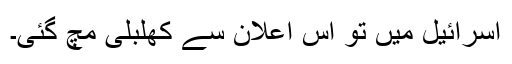
اسرائیل میں تو اس اعلان سے کھلبلی مچ گئی۔